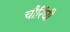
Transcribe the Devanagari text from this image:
चौरिंघी